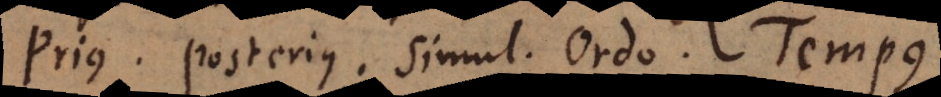
Prius. Posterius. Simul. Ordo. Tempus.